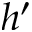
h ^ { \prime }